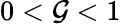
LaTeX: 0<\mathcal{G}<1